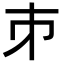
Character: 𪩲